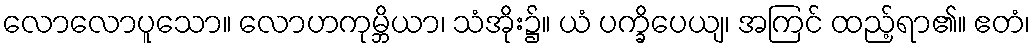
လောလောပူသော။ လောဟကုမ္ဘိယာ၊ သံအိုး၌။ ယံ ပက္ခိပေယျ၊ အကြင် ထည့်ရာ၏။ ဧတံ၊